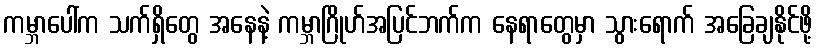
ကမ္ဘာပေါ်က သက်ရှိတွေ အနေနဲ့ ကမ္ဘာဂြိုဟ်အပြင်ဘက်က နေရာတွေမှာ သွားရောက် အခြေချနိုင်ဖို့